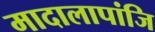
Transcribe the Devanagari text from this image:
मादालापांजि